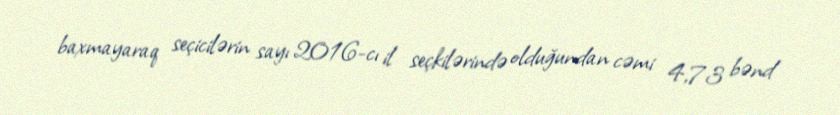
baxmayaraq seçicilərin sayı 2016-cı il seçkilərində olduğundan cəmi 4,73 bənd